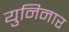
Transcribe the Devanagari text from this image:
युनिनार